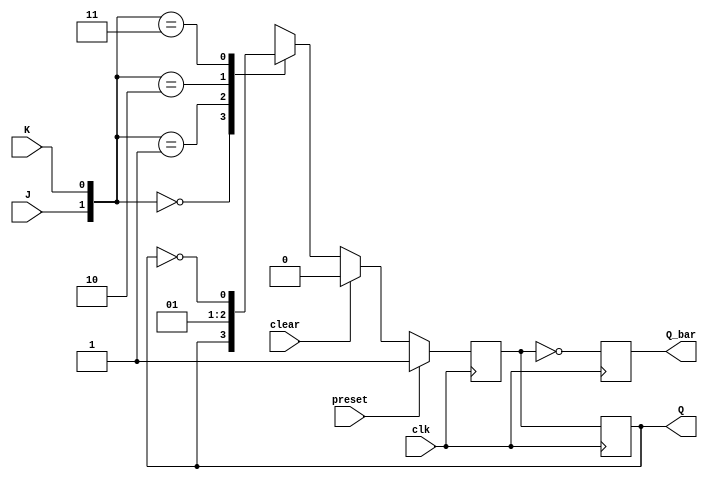
module jk_flip_flop (
    input wire J,
    input wire K,
    input wire clk,
    input wire preset,
    input wire clear,
    output reg Q,
    output reg Q_bar
);

reg Q_next;

always @(posedge clk) begin
    if (preset) begin
        Q_next <= 1'b1;
    end else if (clear) begin
        Q_next <= 1'b0;
    end else begin
        case ({J, K})
            2'b00: Q_next <= Q;
            2'b01: Q_next <= 1'b0;
            2'b10: Q_next <= 1'b1;
            2'b11: Q_next <= ~Q;
        endcase
    end
end

always @(posedge clk) begin
    Q <= Q_next;
    Q_bar <= ~Q_next;
end

endmodule